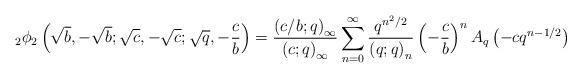
LaTeX: \begin{align*}_{2}\phi_{2}\left(\sqrt{b},-\sqrt{b};\sqrt{c},-\sqrt{c};\sqrt{q},-\frac{c}{b}\right)=\frac{\left(c/b;q\right)_{\infty}}{\left(c;q\right)_{\infty}}\sum_{n=0}^{\infty}\frac{q^{n^{2}/2}}{\left(q;q\right)_{n}}\left(-\frac{c}{b}\right)^{n}A_{q}\left(-cq^{n-1/2}\right)\end{align*}